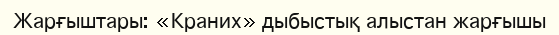
Жарғыштары: «Краних» дыбыстық алыстан жарғышы